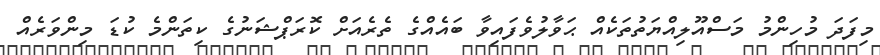
މިފަދަ މުހިންމު މަސްއޫލިއްޔަތުތަކެއް ޙަވާލުވެފައިވާ ބައެއްގެ ތެރެއަށް ކޮރަޕްޝަނުގެ ކިތަންމެ ކުޑަ މިންވަރެއް